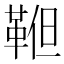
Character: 𩊹